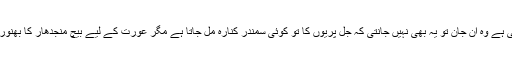
مگر وہ اپنے خوابوں کے پیچھے بھٹک رہی ہے وہ ان جان تو یہ بھی نہیں جانتی کہ جل پریوں کا تو کوئی سمندر کنارہ مل جاتا ہے مگر عورت کے لیے بیچ منجدھار کا بھنور ہی رہ جاتا ہے، جو اسے بھی نگل لیتا ہے۔